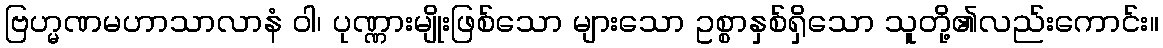
ဗြဟ္မဏမဟာသာလာနံ ဝါ၊ ပုဏ္ဏားမျိုးဖြစ်သော များသော ဥစ္စာနှစ်ရှိသော သူတို့၏လည်းကောင်း။